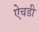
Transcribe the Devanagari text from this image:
ऐचडी